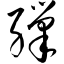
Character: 缫